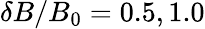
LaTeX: \delta B/B_{0}=0.5,1.0